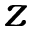
z